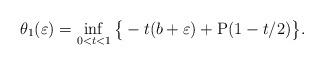
LaTeX: \begin{align*}\theta_1(\varepsilon) = \inf_{0< t < 1} \big\{-t(b + \varepsilon) + \mathrm{P}(1-t/2)\big \}.\end{align*}